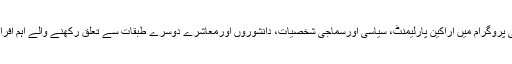
تقریبات کے افتتاحی پروگرام میں اراکین پارلیمنٹ، سیاسی اورسماجی شخصیات، دانشوروں اورمعاشرے دوسرے طبقات سے تعلق رکھنے والے اہم افراد کو مدعوکیاگیاتھا۔